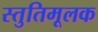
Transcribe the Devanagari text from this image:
स्तुतिमूलक